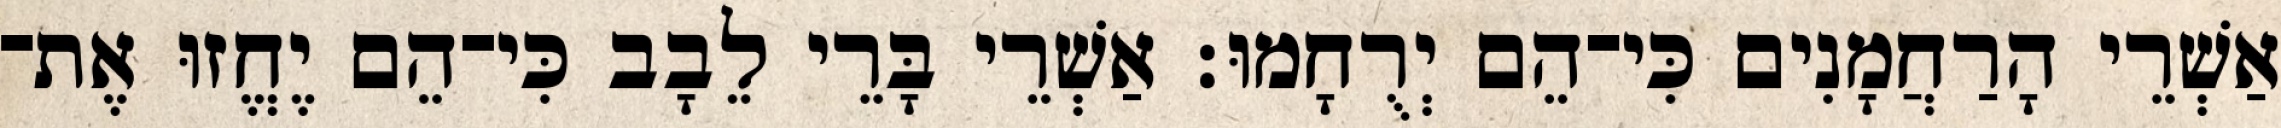
אַשְׁרֵי הָרַחֲמָנִים כִּי־הֵם יְרֻחָמוּ׃ אַשְׁרֵי בָּרֵי לֵבָב כִּי־הֵם יֶחֱזוּ אֶת־